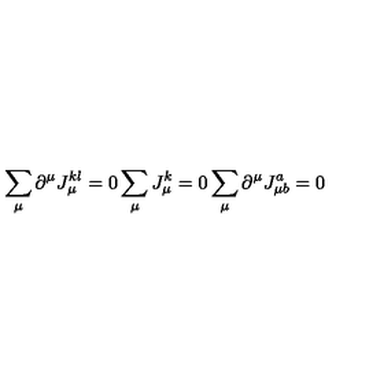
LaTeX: \sum _ { \mu } \partial ^ { \mu } J _ { \mu } ^ { k l } = 0 \sum _ { \mu } J _ { \mu } ^ { k } = 0 \sum _ { \mu } \partial ^ { \mu } J _ { \mu b } ^ { a } = 0